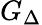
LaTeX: G_{\Delta}